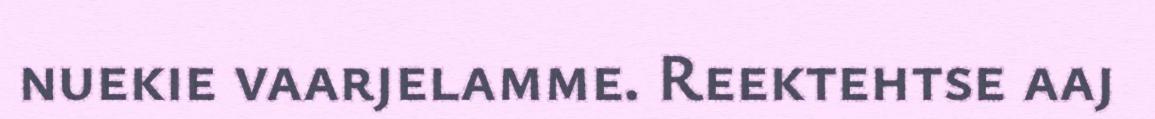
nuekie vaarjelamme. Reektehtse aaj